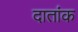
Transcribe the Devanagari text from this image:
दातांक